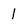
Character: 1